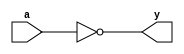
`timescale 1ns / 1ps
//////////////////////////////////////////////////////////////////////////////////
// Company: 
// Engineer: 
// 
// Design Name: 
// Module Name:    dinv 
// Project Name: 
// Target Devices: 
// Tool versions: 
// Description: 
//
// Dependencies: 
//
// Revision: 
// Revision 0.01 - File Created
// Additional Comments: 
//
//////////////////////////////////////////////////////////////////////////////////
module dinv(
    input a,
    output y
    );
	 assign y = ~a;
endmodule